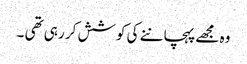
وہ مجھے پہچاننے کی کوشش کر رہی تھی ۔